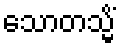
သောတသ္မိံ